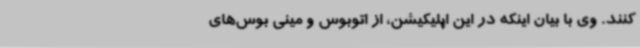
کنند. وی با بیان اینکه در این اپلیکیشن، از اتوبوس و مینی بوس‌های